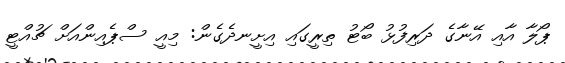
ޕޯލާ އާއި އޭނާގެ ދަރިފުޅު ބޯޓު ތިރީގައި އިށީނދެގެން: މިއީ ސްޕެއިންއަށް ޗުއްޓީ